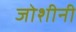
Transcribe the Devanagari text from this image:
जोशीनी